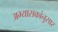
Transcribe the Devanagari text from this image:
अभ्यासकांनुसार